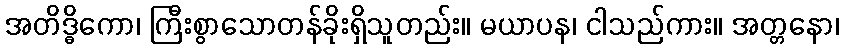
အတိဒ္ဓိကော၊ ကြီးစွာသောတန်ခိုးရှိသူတည်း။ မယာပန၊ ငါသည်ကား။ အတ္တနော၊